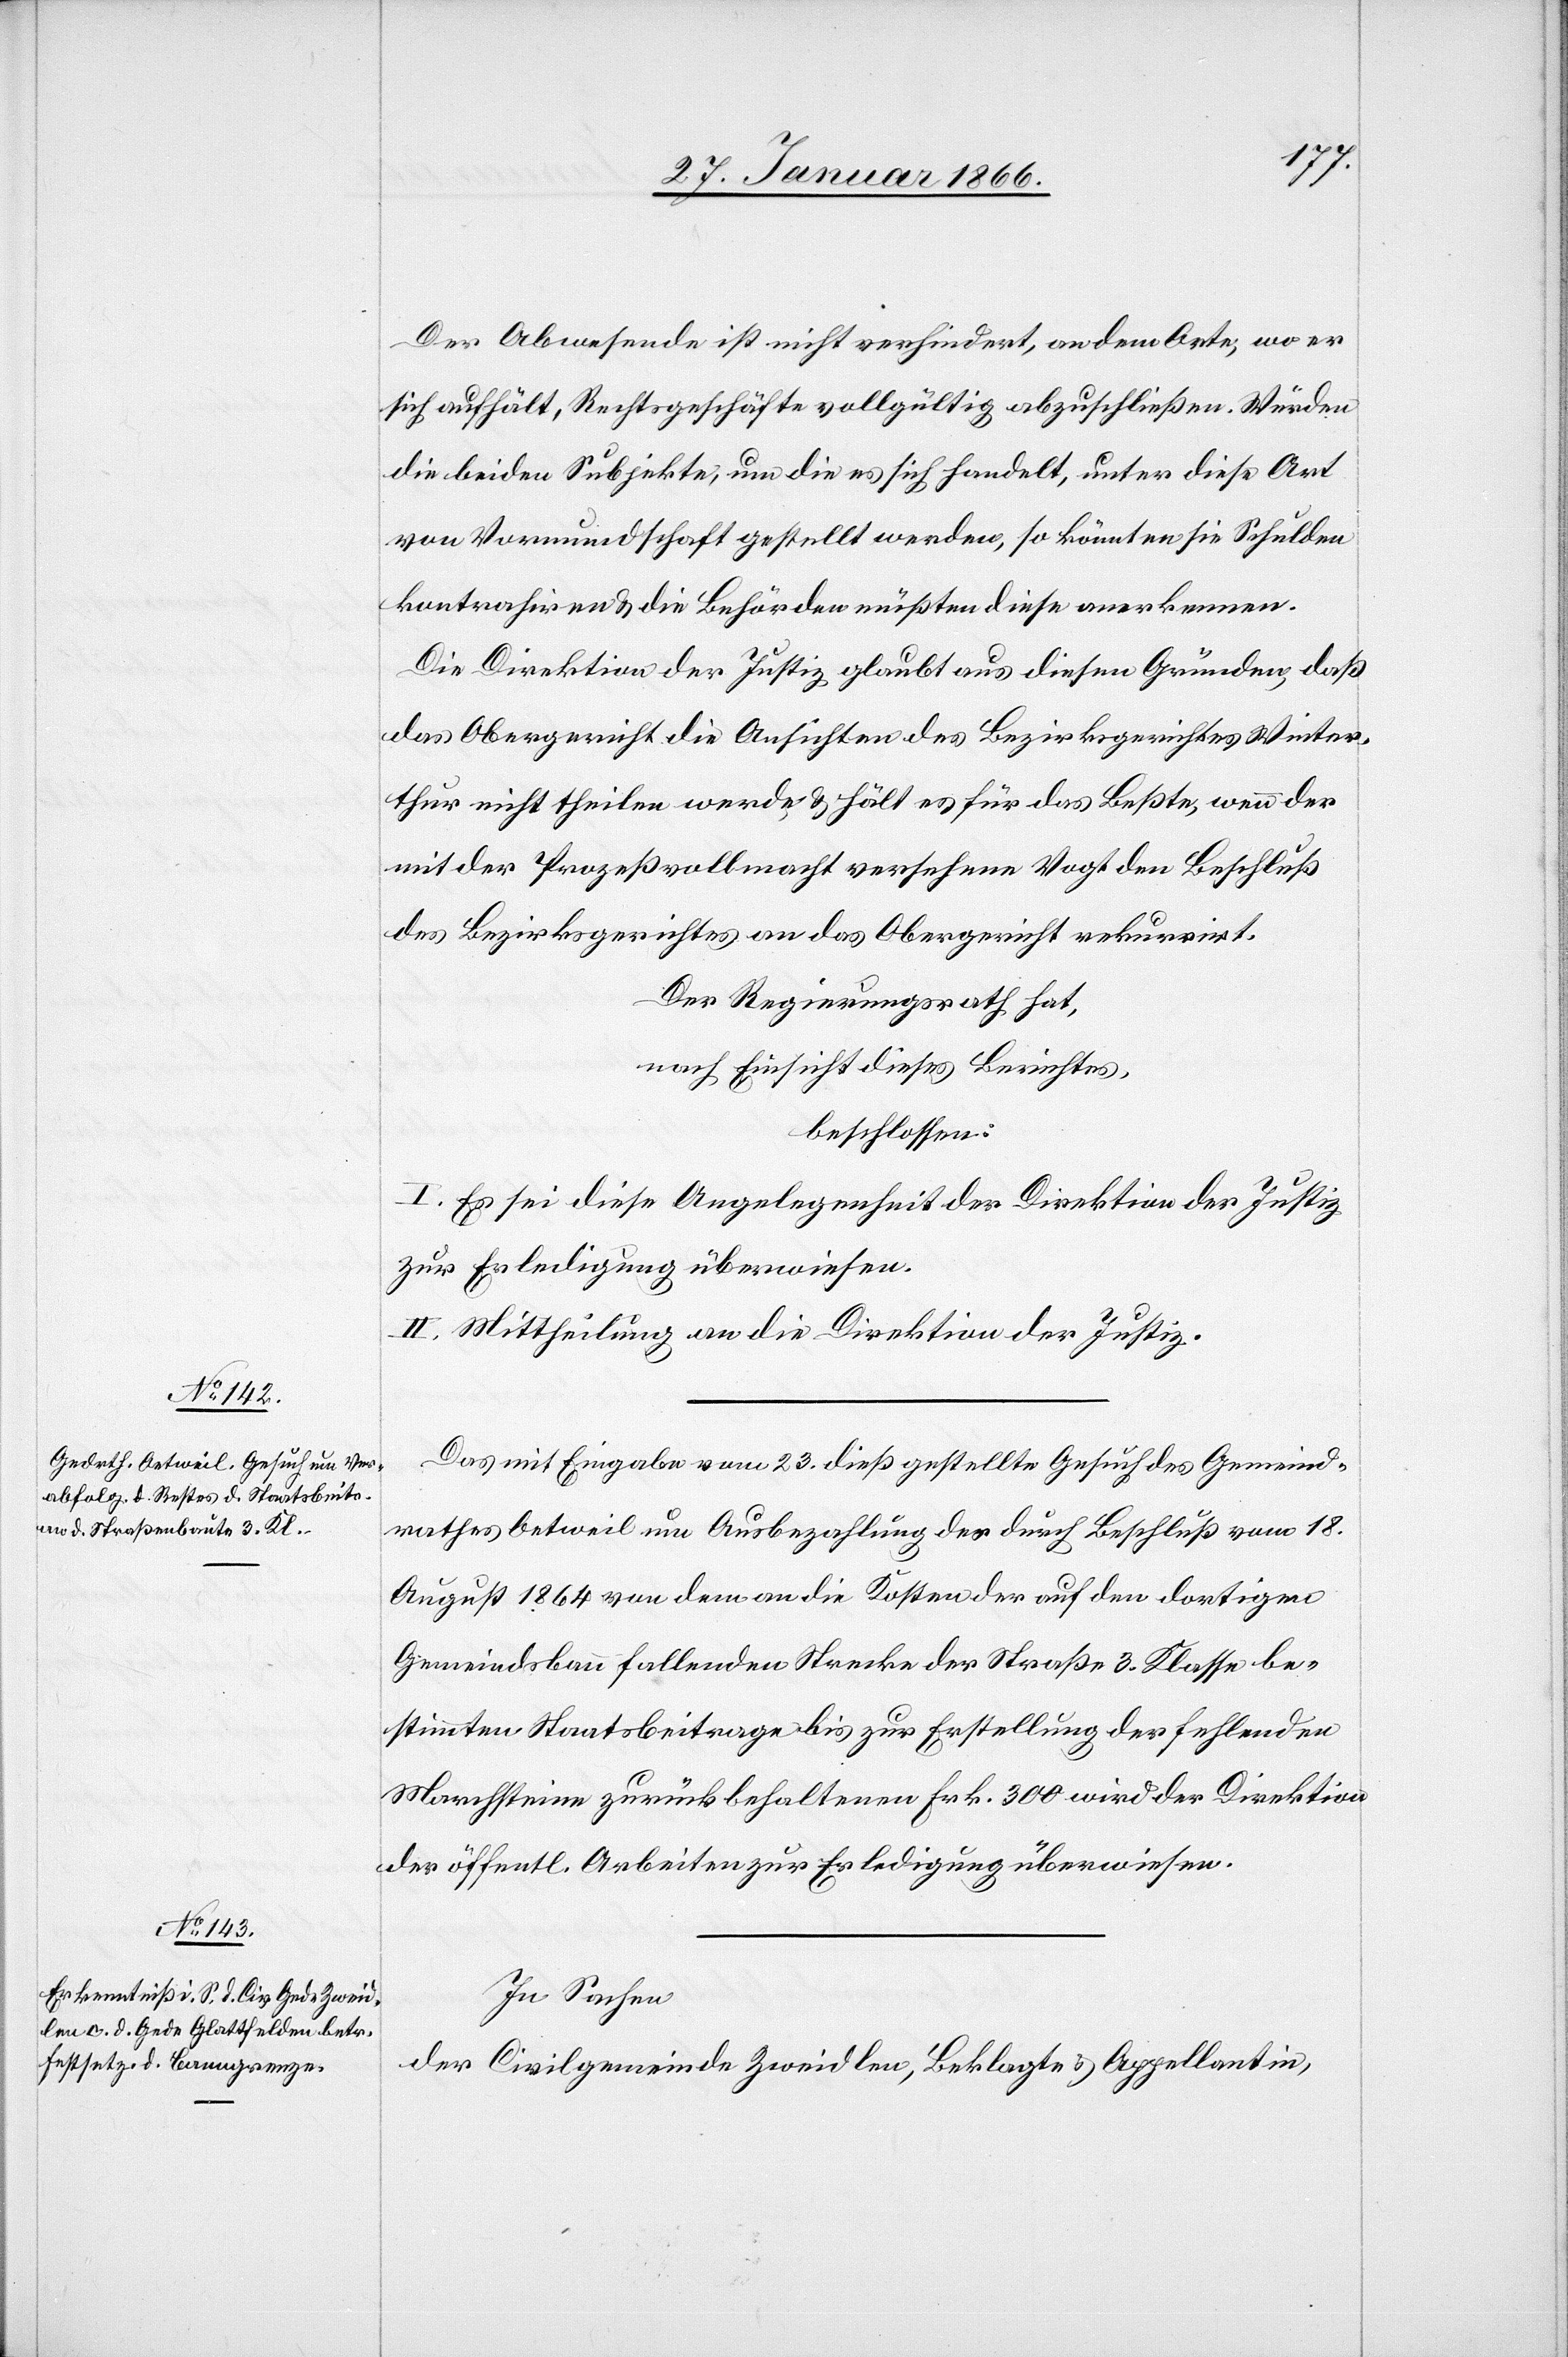
Der Abwesende ist nicht verhindert, an dem Orte, wo er
sich aufhält, Rechtsgeschäfte vollgültig abzuschließen. Würden
die beiden Subjekte, um die es sich handelt, unter diese Art
von Vormundschaft gestellt werden, so könnten sie Schulden
kontrahiren u. die Behörden müßten diese anerkennen.
Die Direktion der Justiz glaubt aus diesen Gründen, daß
das Obergericht die Ansichten des Bezirksgerichtes Winter¬
thur nicht theilen werde u. hält es für das Beßte, wenn der
mit der Prozeßvollmacht versehene Vogt den Beschluß
des Bezirksgerichtes an das Obergericht rekurrirt.
Der Regierungsrath hat,
nach Einsicht dieses Berichtes,
beschlossen:
I. Es sei diese Angelegenheit der Direktion der Justiz
zur Erledigung überwiesen.
II. Mittheilung an die Direktion der Justiz.
Das mit Eingabe vom 23. dieß gestellte Gesuch des Gemeind¬
rathes Oetweil um Ausbezahlung des durch Beschluß vom 18.
August 1864 von dem an die Kosten der auf den dortigen
Gemeindsbann fallenden Strecke der Straße 3. Klasse be¬
stimmten Staatsbeitrage bis zur Erstellung der fehlenden
Marchsteine zurückbehaltenen Frk. 300 wird der Direktion
der öffentl. Arbeiten zur Erledigung überwiesen.
In Sachen
der Civilgemeinde Zweidlen, Beklagte u. Appellantin,